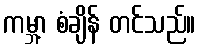
ကမ္ဘာ့ စံချိန် တင်သည်။